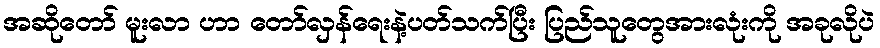
အဆိုတော် မူးလာ ဟာ တော်လှန်ရေးနဲ့ပတ်သက်ပြီး ပြည်သူတွေအားလုံးကို အခုလိုပဲ